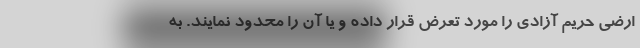
ارضی حریم آزادی را مورد تعرض قرار داده و یا آن را محدود نمایند. به